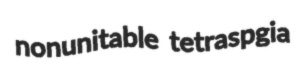
nonunitable tetraspgia